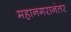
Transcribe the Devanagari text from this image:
महानगरानंतर